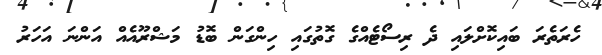
ހެރަތެރަ ބައިކޮށްލައި ދެ ރިސޯޓެއްގެ ގޮތުގައި ހިންގަން ބޮޑު މަޝްރޫއެއް އަންނަ އަހަރު